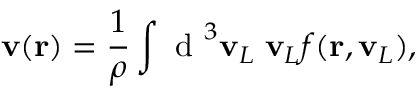
\mathbf { v } ( \mathbf { r } ) = \frac { 1 } { \rho } \int \mathrm { ~ d ~ } ^ { 3 } \mathbf { v } _ { L } \; \mathbf { v } _ { L } f ( \mathbf { r } , \mathbf { v } _ { L } ) ,